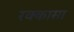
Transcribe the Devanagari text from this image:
रक्कासा